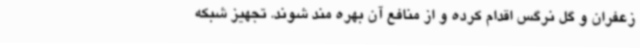
زعفران و گل نرگس اقدام کرده و از منافع آن بهره مند شوند. تجهیز شبکه‌